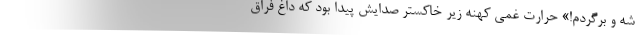
شه و برگردم!» حرارت غمی کهنه زیر خاکستر صدایش پیدا بود که داغ فراق